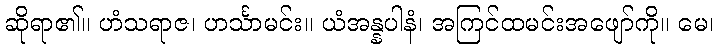
ဆိုရာ၏။ ဟံသရာဇ၊ ဟင်္သာမင်း။ ယံအန္နပါနံ၊ အကြင်ထမင်းအဖျော်ကို။ မေ၊